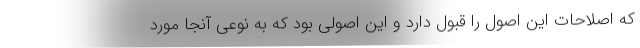
که اصلاحات این اصول را قبول دارد و این اصولی بود که به نوعی آنجا مورد